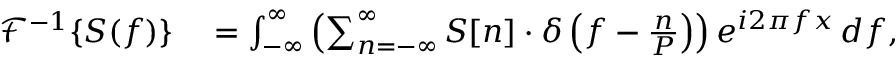
\begin{array} { r l } { { \mathcal { F } } ^ { - 1 } \{ S ( f ) \} } & { { } = \int _ { - \infty } ^ { \infty } \left( \sum _ { n = - \infty } ^ { \infty } S [ n ] \cdot \delta \left( f - { \frac { n } { P } } \right) \right) e ^ { i 2 \pi f x } \, d f , } \end{array}